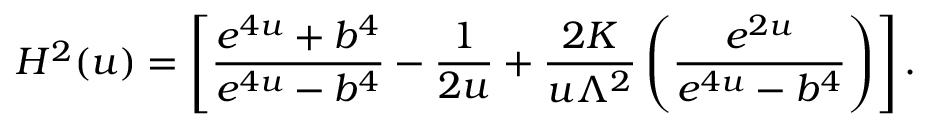
H ^ { 2 } ( u ) = \left[ \frac { e ^ { 4 u } + b ^ { 4 } } { e ^ { 4 u } - b ^ { 4 } } - \frac { 1 } { 2 u } + \frac { 2 K } { u \Lambda ^ { 2 } } \left( \frac { e ^ { 2 u } } { e ^ { 4 u } - b ^ { 4 } } \right) \right] .